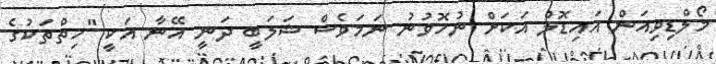
މޯލްޑިވިއަން އައިޑޮލް އަކަށް ނުހޮވުނު ނަމަވެސް ޝަލަބީ ދަނީ އޭނާ އަކީ "ހިތްތަކުގެ